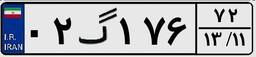
۰۲گ۱۷۶۷۲